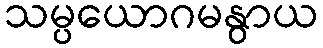
သမ္ပယောဂမနွာယ